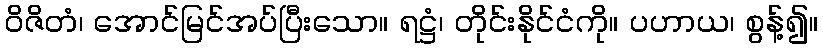
ဝိဇိတံ၊ အောင်မြင်အပ်ပြီးသော။ ရဋ္ဌံ၊ တိုင်းနိုင်ငံကို။ ပဟာယ၊ စွန့်၍။